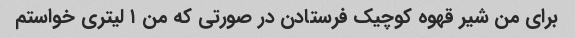
برای من شیر قهوه کوچیک فرستادن در صورتی که من ۱ لیتری خواستم